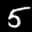
Label: 5